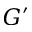
G ^ { \prime }